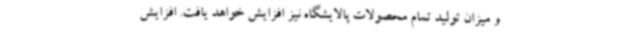
و میزان تولید تمام محصولات پالایشگاه نیز افزایش خواهد یافت. افزایش